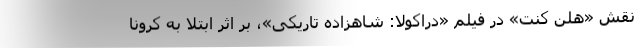
نقش «هلن کنت» در فیلم «دراکولا: شاهزاده تاریکی»، بر اثر ابتلا به کرونا